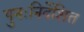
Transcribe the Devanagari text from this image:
पुनःनिर्देशित